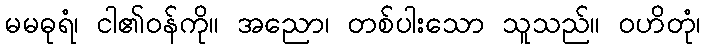
မမဓုရံ၊ ငါ၏ဝန်ကို။ အညော၊ တစ်ပါးသော သူသည်။ ဝဟိတုံ၊